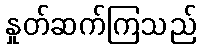
နှုတ်ဆက်ကြသည်